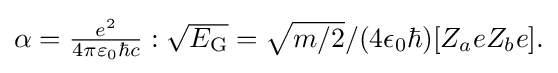
{\textstyle \alpha ={\frac {e^{2}}{4\pi \varepsilon _{0}\hbar c}}:{\sqrt {E_{\rm {G}}}}={\sqrt {m/2}}/(4\epsilon _{0}\hbar )[Z_{a}eZ_{b}e].}